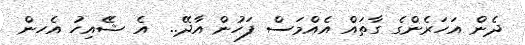
ދެން އަހަރެންގެ ގާތައް އެއްމަސް ފަހުން އާދޭ..  އެެ ޝެެއިިިިހު އެހން